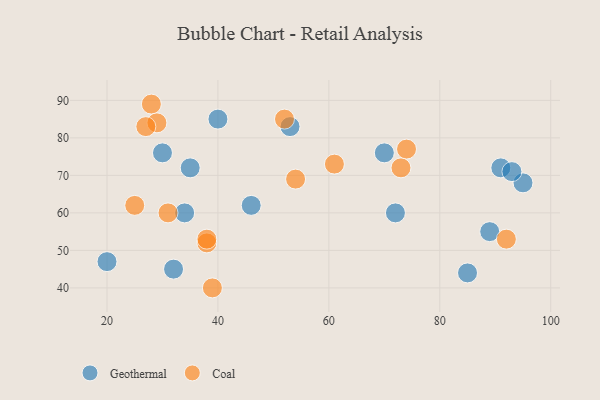
{"axis": {"x": "GDP", "y": "Life Expectancy"}, "legend": ["Coal", "Geothermal"], "data": [{"x": "89", "y": 55, "type": "Geothermal"}, {"x": "53", "y": 83, "type": "Geothermal"}, {"x": "35", "y": 72, "type": "Geothermal"}, {"x": "85", "y": 44, "type": "Geothermal"}, {"x": "72", "y": 60, "type": "Geothermal"}, {"x": "70", "y": 76, "type": "Geothermal"}, {"x": "34", "y": 60, "type": "Geothermal"}, {"x": "20", "y": 47, "type": "Geothermal"}, {"x": "46", "y": 62, "type": "Geothermal"}, {"x": "32", "y": 45, "type": "Geothermal"}, {"x": "95", "y": 68, "type": "Geothermal"}, {"x": "91", "y": 72, "type": "Geothermal"}, {"x": "30", "y": 76, "type": "Geothermal"}, {"x": "40", "y": 85, "type": "Geothermal"}, {"x": "93", "y": 71, "type": "Geothermal"}, {"x": "25", "y": 62, "type": "Coal"}, {"x": "38", "y": 52, "type": "Coal"}, {"x": "31", "y": 60, "type": "Coal"}, {"x": "52", "y": 85, "type": "Coal"}, {"x": "38", "y": 53, "type": "Coal"}, {"x": "74", "y": 77, "type": "Coal"}, {"x": "54", "y": 69, "type": "Coal"}, {"x": "28", "y": 89, "type": "Coal"}, {"x": "73", "y": 72, "type": "Coal"}, {"x": "92", "y": 53, "type": "Coal"}, {"x": "29", "y": 84, "type": "Coal"}, {"x": "27", "y": 83, "type": "Coal"}, {"x": "39", "y": 40, "type": "Coal"}, {"x": "61", "y": 73, "type": "Coal"}]}